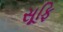
સૂફિ